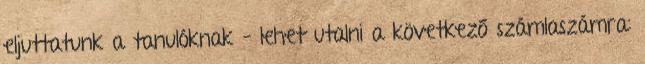
eljuttatunk a tanulóknak – lehet utalni a következő számlaszámra: